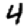
Digit: 4